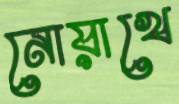
নোয়াখে